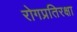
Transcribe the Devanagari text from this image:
रोगप्रतिरक्षा